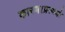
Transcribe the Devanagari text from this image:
कारण।प्रत्ययो